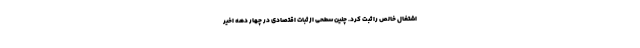
اشتغال خالص را ثبت کرد. چنین سطحی از ثبات اقتصادی در چهار دهه اخیر